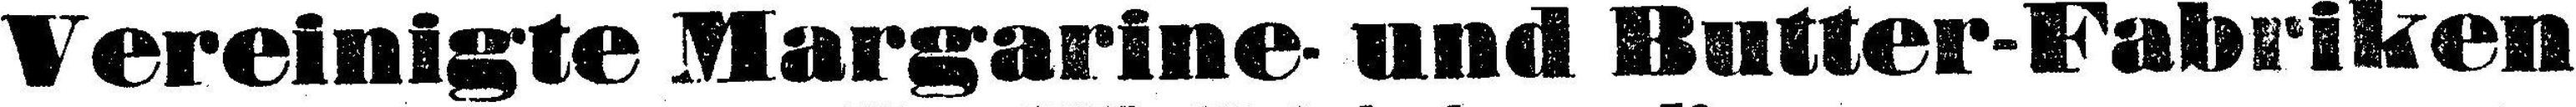
Vereinigte Margarine- und Butter-Fabriken